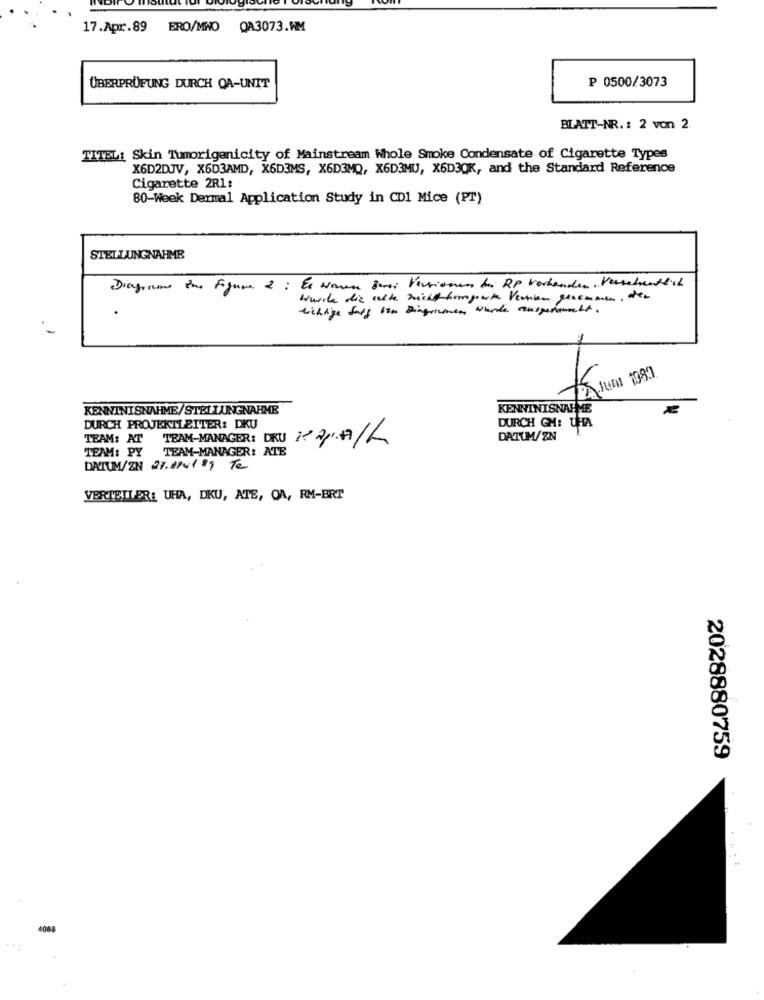
17.Apr.89 ERO/MNO QA3073.WM
ÜBERPRÜFUNG DURCH OA-UNIT
P 0500/3073
BLATT-NR. : 2 von 2.
TITEL: Skin Tumorigenicity of Mainstream Whole Smoke Condensate of Cigarette Types
X6D2DJV, X6D3AMD, X6D3MS, X6D3MQ, X6D3MU, X6D3OK, and the Standard Reference
Cigarette 2R1:
80-Week Dermal Application Study in CD1 Mice (PT)
STELLUNGNAHME
Diagrams ine Figure 2 : Es waren zwei Versiones bei RP Vorhanden. Versehentlich
wwrite die seite michthemgente Vennen genommen, der
wichtige darf bin Dingermen Wurde ausporammett .
KENNTNISNAHME/STELLUNGNAHME
KENNTNISNAHME
DURCH PROJEKTLEITER: DKU
DURCH GM: UHR
TEAM: AT TEAM-MANAGER: DRU 102/07/2
DATUM/ZN
TEAM: PY TEAM-MANAGER: ATE
DATUM/ZIN 21.1/4189 Te
VERTEILER: UHA, DKU, ATE, OA, RM-BRT
2028880759
. 1
408
...